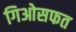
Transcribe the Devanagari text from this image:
गिओसफत